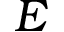
E